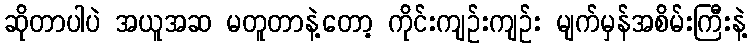
ဆိုတာပါပဲ အယူအဆ မတူတာနဲ့တော့ ကိုင်းကျဉ်းကျဉ်း မျက်မှန်အစိမ်းကြီးနဲ့